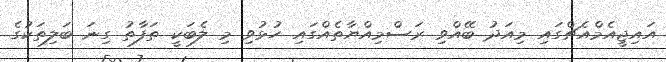
އައިޖީއެމްއެޗްގައި މިއަދު ބޭއްވި ރަސްމިއްޔާތެއްގައި ހުޅުވި މި ލެބަކީ ތަފާތު ގިނަ ބަލިތަކުގެ